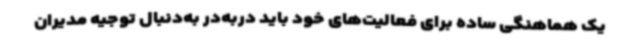
یک هماهنگی ساده برای فعالیت‌های خود باید دربه‌در به‌دنبال توجیه مدیران